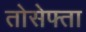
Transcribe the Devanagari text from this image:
तोसेफ्ता